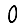
Digit: 0